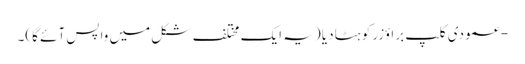
- عمودی کلپ براؤزر کو ہٹا دیا (یہ ایک مختلف شکل میں واپس آئے گا)۔